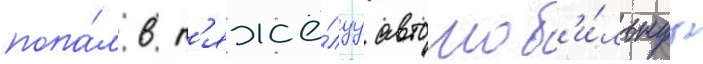
попа́л в т'яжё́луу автомоб'и́льнуу